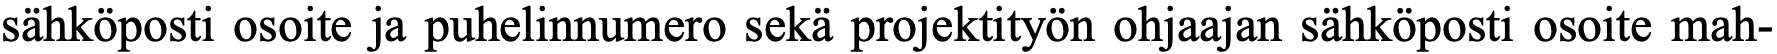
sähköposti osoite ja puhelinnumero sekä projektityön ohjaajan sähköposti osoite mah-